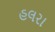
હલરા